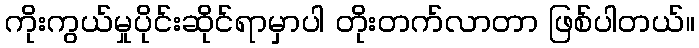
ကိုးကွယ်မှုပိုင်းဆိုင်ရာမှာပါ တိုးတက်လာတာ ဖြစ်ပါတယ်။